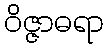
ဝိဇ္ဇာဓရာ